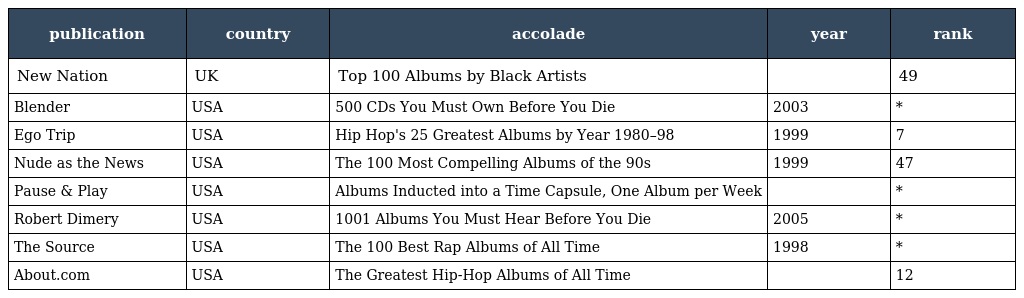
| publication | country | accolade | year | rank |
 | --- | --- | --- | --- | --- |
 | New Nation | UK | Top 100 Albums by Black Artists |  | 49 |
 | Blender | USA | 500 CDs You Must Own Before You Die | 2003 | * |
 | Ego Trip | USA | Hip Hop's 25 Greatest Albums by Year 1980–98 | 1999 | 7 |
 | Nude as the News | USA | The 100 Most Compelling Albums of the 90s | 1999 | 47 |
 | Pause & Play | USA | Albums Inducted into a Time Capsule, One Album per Week |  | * |
 | Robert Dimery | USA | 1001 Albums You Must Hear Before You Die | 2005 | * |
 | The Source | USA | The 100 Best Rap Albums of All Time | 1998 | * |
 | About.com | USA | The Greatest Hip-Hop Albums of All Time |  | 12 |